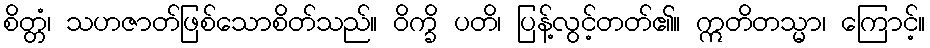
စိတ္တံ၊ သဟဇာတ်ဖြစ်သောစိတ်သည်။ ဝိက္ခိ ပတိ၊ ပြန့်လွင့်တတ်၏။ ဣတိတသ္မာ၊ ကြောင့်။